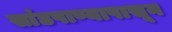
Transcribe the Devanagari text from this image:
सांडपाण्यापासून